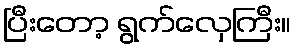
ပြီးတော့ ရွက်လှေကြီး။